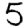
Digit: 5